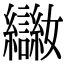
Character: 𡤨